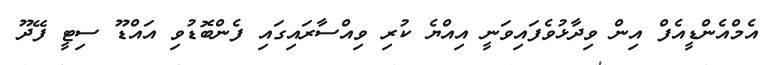
އެމްއެންޑީއެފް އިން ވިދާޅުވެފައިވަނީ އިއްޔެ ކުރި ވިއްސާރައިގައި ފެންބޮޑުވި އައްޑޫ ސިޓީ ފޭދޫ